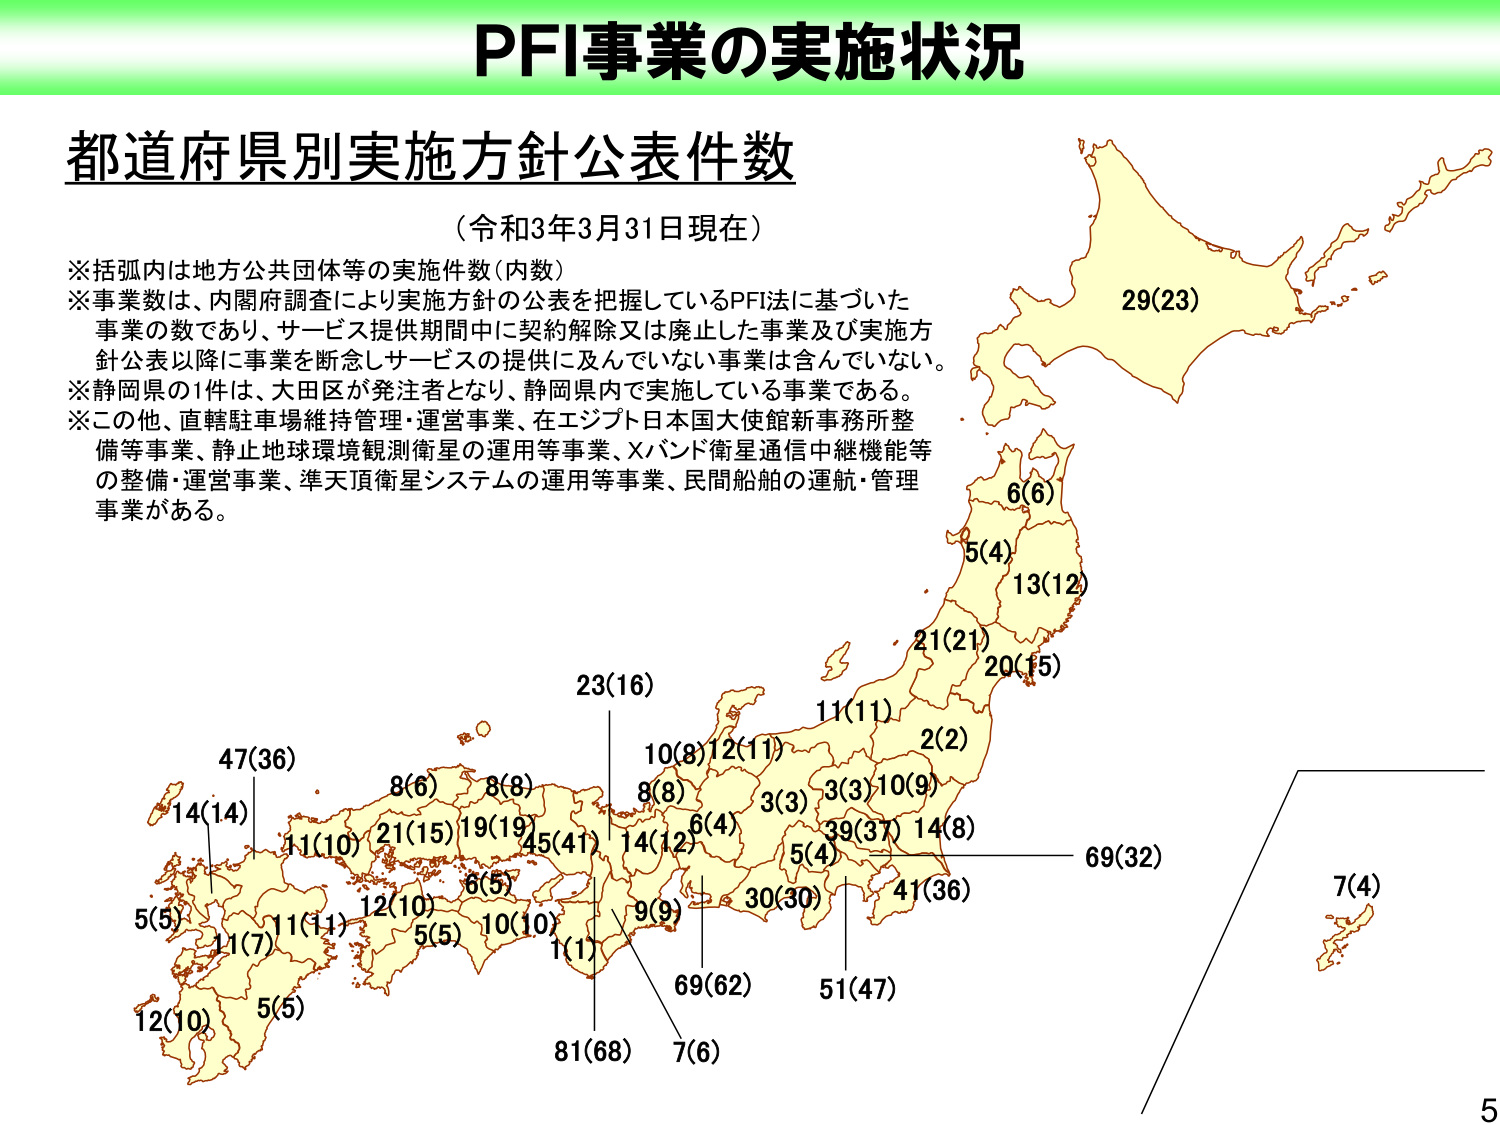
PFI事業の実施状況

都道府県別実施方針公表件数
（令和3年3月31日現在）

※括弧内は地方公共団体等の実施件数（内数）
※事業数は、内閣府調査により実施方針の公表を把握しているPFI法に基づいた
事業の数であり、サービス提供期間中に契約解除又は廃止した事業及び実施方
針公表以降に事業を断念しサービスの提供に及んでいない事業は含んでいない。
※静岡県の1件は、大田区が発注者となり、静岡県内で実施している事業である。
※この他、直轄駐車場維持管理・運営事業、在エジプト日本国大使館新事務所整
備等事業、静止地球環境観測衛星の運用等事業、Xバンド衛星通信中継機能等
の整備・運営事業、準天頂衛星システムの運用等事業、民間船舶の運航・管理
事業がある。

29(23)
6(6)
5(4)
13(12)
21(21)
20(15)
11(11)
2(2)
10(9)
3(3)
3(3)
10(8)
12(11)
8(8)
6(4)
14(12)
5(4)
39(37)
14(8)
41(36)
69(32)
7(4)
51(47)
69(62)
7(6)
81(68)
1(1)
10(10)
6(5)
12(10)
5(5)
11(7)
11(11)
12(10)
5(5)
14(14)
47(36)
8(6)
8(8)
21(15)
19(19)
45(41)
9(9)
30(30)

5